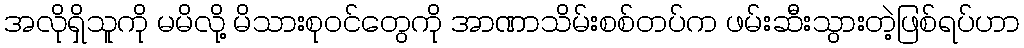
အလိုရှိသူကို မမိလို့ မိသားစုဝင်တွေကို အာဏာသိမ်းစစ်တပ်က ဖမ်းဆီးသွားတဲ့ဖြစ်ရပ်ဟာ